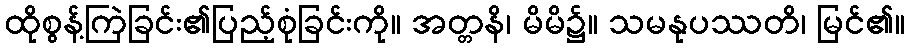
ထိုစွန့်ကြဲခြင်း၏ပြည့်စုံခြင်းကို။ အတ္တနိ၊ မိမိ၌။ သမနုပဿတိ၊ မြင်၏။